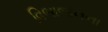
વિભાજનના